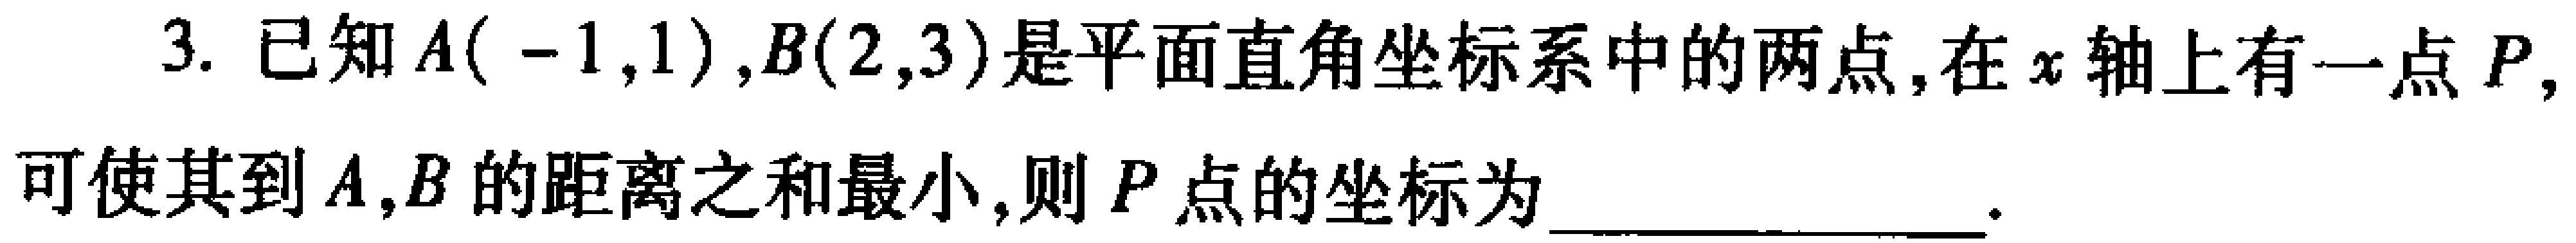
3. 已知\(A(-1,1),B(2,3)\)是平面直角坐标系中的两点, 在\(x\)轴上有一点\(P\), 可使其到\(A,B\)的距离之和最小, 则\(P\)点的坐标为 \_\_\_ .